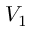
V _ { 1 }